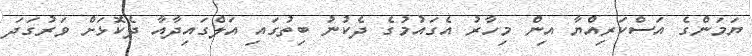
ޔަމަންގެ އަސްކަރިއްޔާ އިން މިހާރު އެގައުމުގެ ދެކުނު ބިތުގައި އަލްގައިދާއާ ދެކޮޅަށް ވަރުގަދަ